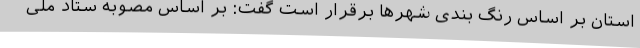
استان بر اساس رنگ بندی شهرها برقرار است گفت: بر اساس مصوبه ستاد ملی